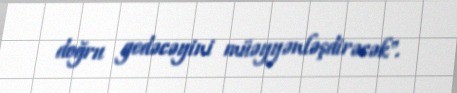
doğru gedəcəyini müəyyənləşdirəcək".